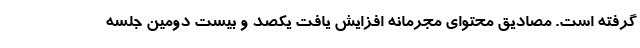
گرفته است. مصادیق محتوای مجرمانه افزایش یافت یکصد و بیست دومین جلسه